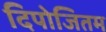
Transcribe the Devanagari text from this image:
दिपोजितम